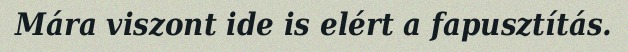
Mára viszont ide is elért a fapusztítás.